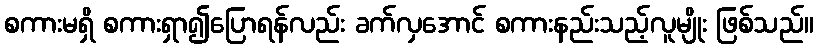
စကားမရှိ စကားရှာ၍ပြောရန်လည်း ခက်လှအောင် စကားနည်းသည့်လူမျိုး ဖြစ်သည်။